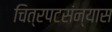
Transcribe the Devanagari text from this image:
चित्रपटसंन्यास